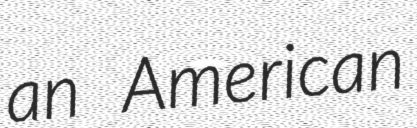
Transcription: an American